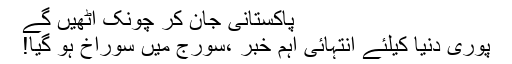
پاکستانی جان کر چونک اٹھیں گے
پوری دنیا کیلئے انتہائی اہم خبر ،سورج میں سوراخ ہو گیا!